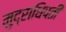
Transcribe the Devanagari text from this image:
मुद्राधिपती